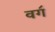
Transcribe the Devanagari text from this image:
वग॔